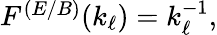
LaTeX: \begin{array}{r}{F^{(E/B)}(k_{\ell})=k_{\ell}^{-1},}\end{array}